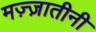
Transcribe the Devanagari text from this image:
मज़्ज़ातीनी